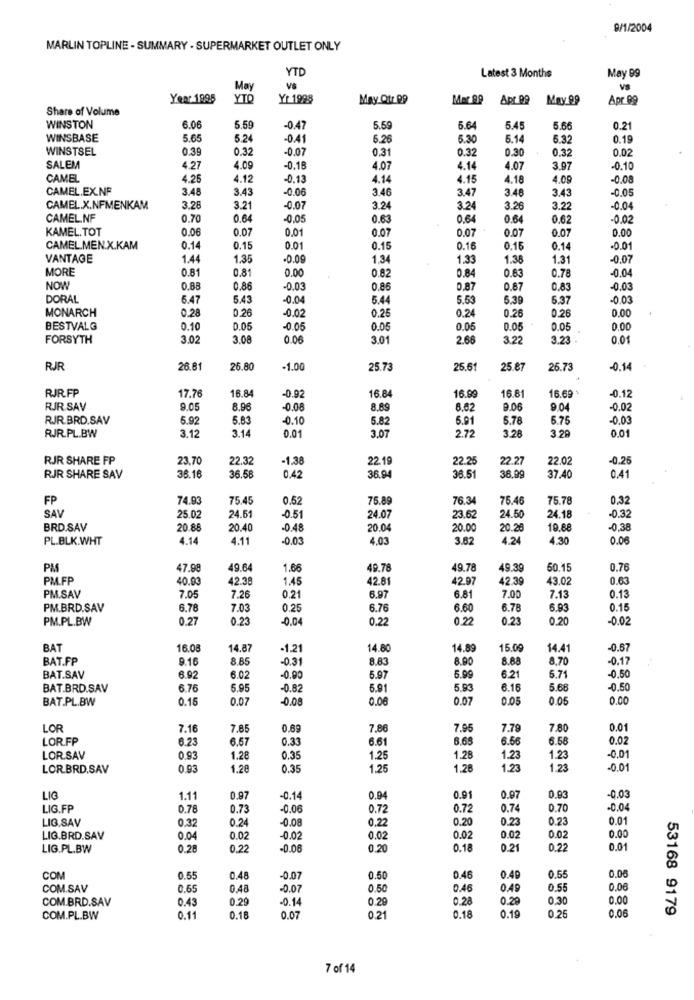
8/1/2004
MARLIN TOPLINE - SUMMARY . SUPERMARKET OUTLET ONLY
YTD
Latest 3 Months
May 99
May
VS
VS
Year 1995
YTO
Yr 1998
May Qtr PP
Mar 99
Apr. 99
May 99
Apr 99
Share of Volume
WINSTON
6.06
5.59
-0.47
5.59
5.6
5.45
5.66
0.21
WINSBASE
5.65
5.24
-0.41
6.26
5.30
5.14
5.32
0.19
WINSTSEL
0.39
0.32
-0.07
0.31
0.32
0.30
0.32
0.02
SALEM
4.27
4.09
-0.18
4.07
4.14
4.07
3.97
-0.10
CAMEL
4.25
4.12
-0.13
4.14
4.15
4.18
4.09
-0.00
CAMEL.EX.NF
3.48
3.43
-0.06
3.46
3.47
3.48
3.43
-0.05
CAMEL.X.NFMENKAM
3.28
3.21
-0.07
3.2
3.24
3.26
3.22
-0.04
CAMEL.NF
0.70
0.64
-0.05
0.63
0.6.
0.64
0.62
-0.02
KAMEL.TOT
0.06
0.07
0.01
0.07
0.07
0.07
0.07
0.00
CAMEL.MEN.X.KAM
0.14
0.15
0.01
0.15
0.16
0.16
0.14
0.01
VANTAGE
1.44
1.35
1.34
1.33
1.38
1.31
-0.07
MORE
0.81
0.81
0.00
0.82
0.84
0.63
0.78
-0.0
NOW
0.88
0.86
-0.03
0.86
0,87
0.87
0.83
-0.03
DORAL
6.47
5.43
-0.04
5.44
5.53
5.3
5.37
-0.03
MONARCH
0.28
0.26
-0.02
0.25
0.24
0.00
0.26
0.26
BESTVALG
0.10
D.O.
-0.05
0.05
0.05
0.0
0.05
0.00
FORSYTH
3.02
3.08
0.06
3.01
2.66
3.22
3.23
0.01
RJR
26.81
25.80
-1.00
25.73
25.61
25.87
26.73
0.14
RJR.FP
17.76
16.84
16.84
16.99
16.69
-0.12
-0.92
16.81
RJR.SAV
9.05
8.96
-0.08
8.89
6.62
9.06
9.04
-0.02
RJR.BRD.SAV
5.92
5.63
-0.10
5.82
5.91
5.78
5.75
-0.03
RJR.PL.BW
3.12
3.14
0.01
3.07
2.72
3.28
3,2
0.01
RJR SHARE FP
23,70
22.32
-1.38
22.19
22.25
22.27
22.02
-0.25
RJR SHARE SAV
36.16
36.58
0.42
36.94
38.51
38.99
37.40
0.41
FP
74.93
75.45
0.52
75.89
76.34
75.46
75.78
0,32
SAY
25.02
24.51
0.51
24.07
23.67
24.5
24.18
-0.32
BRD.SAV
20.88
20.40
-0.48
20.04
20.00
20.28
19.88
-0.38
PL.BLK.WHT
4.14
4.11
-0.03
4.03
3.62
4.24
4.30
0.0
PM
7.98
49.64
1.66
49.78
49.78
49.39
60.15
0.76
PMFP
40.00
42.38
1.45
42.81
42.97
42.3
43.02
0.63
PM.SAV
7.05
7.26
0.21
6.97
6.81
7.00
7.13
0.13
PM.BRD.SAV
6.78
7.03
0.25
6.76
6.60
6.78
6.93
0.15
PM.PL.BW
0.27
0.23
-0.04
0.22
0.22
0.23
0.20
-0.02
BAT
16.08
14.87
-1.21
14.80
14.89
15.09
14.41
-0.67
BAT.FP
9.16
8.85
-0.3
8.83
8.90
8.68
8.70
-0.17
0.50
BAT.SAV
6.92
6.02
-0.00
5.97
5.99
6.21
6.71
BAT.BRD.SAV
6.76
5.95
-0.82
5.91
5.93
6.16
5.68
-0.50
BAT.PL.BW
0.1
0.0
-0.00
0.00
0.07
0.05
0.05
0.00
LOR
7.16
7.85
0.69
7.86
7.9
7.79
7.80
0.01
LOR.FP
6.23
6.57
0.33
6.61
6.65
6.56
6.58
0.02
-0.01
LOR.SAV
0.93
1.28
0.35
1.25
1.28
1.23
1.23
LOR.BRD.SAV
0.93
1.28
0.35
1.25
1.28
1.23
1.23
-0.01
LIG
1.11
0.97
-0.14
0.94
0.91
0.97
0.93
0.03
LIG.FP
0.78
0.73
-0.0€
0.72
0.72
0.74
0.70
0.04
LIG.SAV
0.3
0.24
-0.08
0,22
0.20
0.23
0.23
0.01
0.00
LIG.BRD.SAV
0.04
0.02
-0.02
0.02
0.02
0.02
0.02
LIG.PL.BW
0.28
0.22
-0.06
0.20
0.18
0.21
0.22
0.01
COM
0.55
0.48
-0.07
0.50
0.46
0.49
0.55
0.0
COM.SAV
0.69
0,48
-0.07
0.50
0.46
0.49
0.55
0.06
COM.BRD.SAV
0.43
0.29
-0.14
0.2
0.28
0.29
0.30
0.00
53168 9179
COM.PL.BW
0.11
0.18
0.07
0.21
0.18
0.19
0.25
0.00
7 of 14